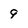
Character: 9